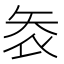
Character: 𭿾